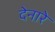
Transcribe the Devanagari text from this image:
देनारे